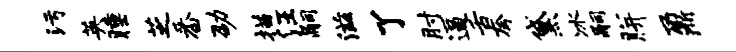
污英睡芝番劭描汪嗣滋了肘逼舌夸黛冰嗣胼鼐